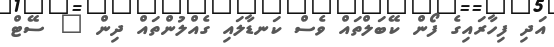
އަދި ފިހާރައިގެ ފޯން ކޭބަލްތައް ވެސް ކަނޑާލައި ގެއްލުންތައް ދިން " ސޭޓް